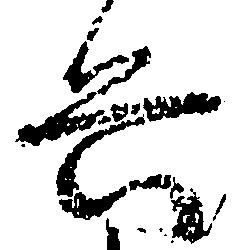
兵